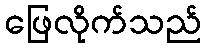
ဖြေလိုက်သည်